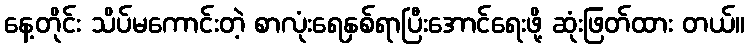
နေ့တိုင်း သိပ်မကောင်းတဲ့ စာလုံးရေနှစ်ရာပြီးအောင်ရေးဖို့ ဆုံးဖြတ်ထား တယ်။